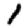
Digit: 1